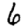
Digit: 6